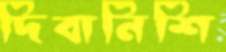
দিবানিশি